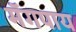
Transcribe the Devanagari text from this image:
मॅगपाय